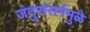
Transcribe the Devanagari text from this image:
जंतुसंसर्गमुळे